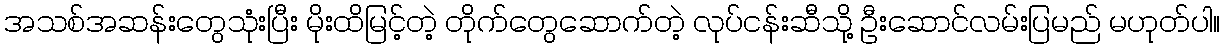
အသစ်အဆန်းတွေသုံးပြီး မိုးထိမြင့်တဲ့ တိုက်တွေဆောက်တဲ့ လုပ်ငန်းဆီသို့ ဦးဆောင်လမ်းပြမည် မဟုတ်ပါ။